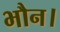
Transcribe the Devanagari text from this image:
भौन।